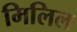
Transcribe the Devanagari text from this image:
मिलिल